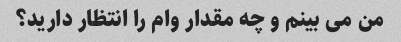
من می بینم و چه مقدار وام را انتظار دارید؟